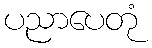
ပညာပေတုံ